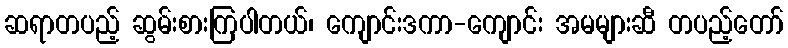
ဆရာတပည့် ဆွမ်းစားကြပါတယ်၊ ကျောင်းဒကာ-ကျောင်း အမများဆီ တပည့်တော်